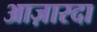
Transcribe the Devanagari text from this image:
आज़ारदा